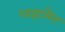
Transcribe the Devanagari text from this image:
लाइटमैन